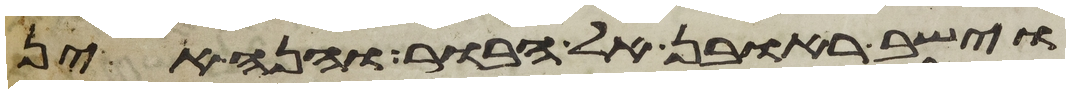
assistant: וישב ראובן אל הבור והנה אין